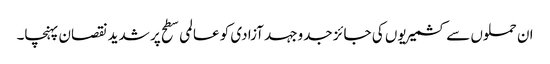
ان حملوں سے کشمیریوں کی جائز جدوجہد آزادی کو عالمی سطح پر شدید نقصان پہنچا۔